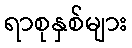
ရာစုနှစ်များ